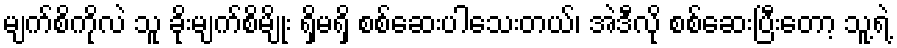
မျက်စိကိုလဲ သူ ခိုးမျက်စိမျိုး ရှိမရှိ စစ်ဆေးပါသေးတယ်၊ အဲဒီလို စစ်ဆေးပြီးတော့ သူ့ရဲ့